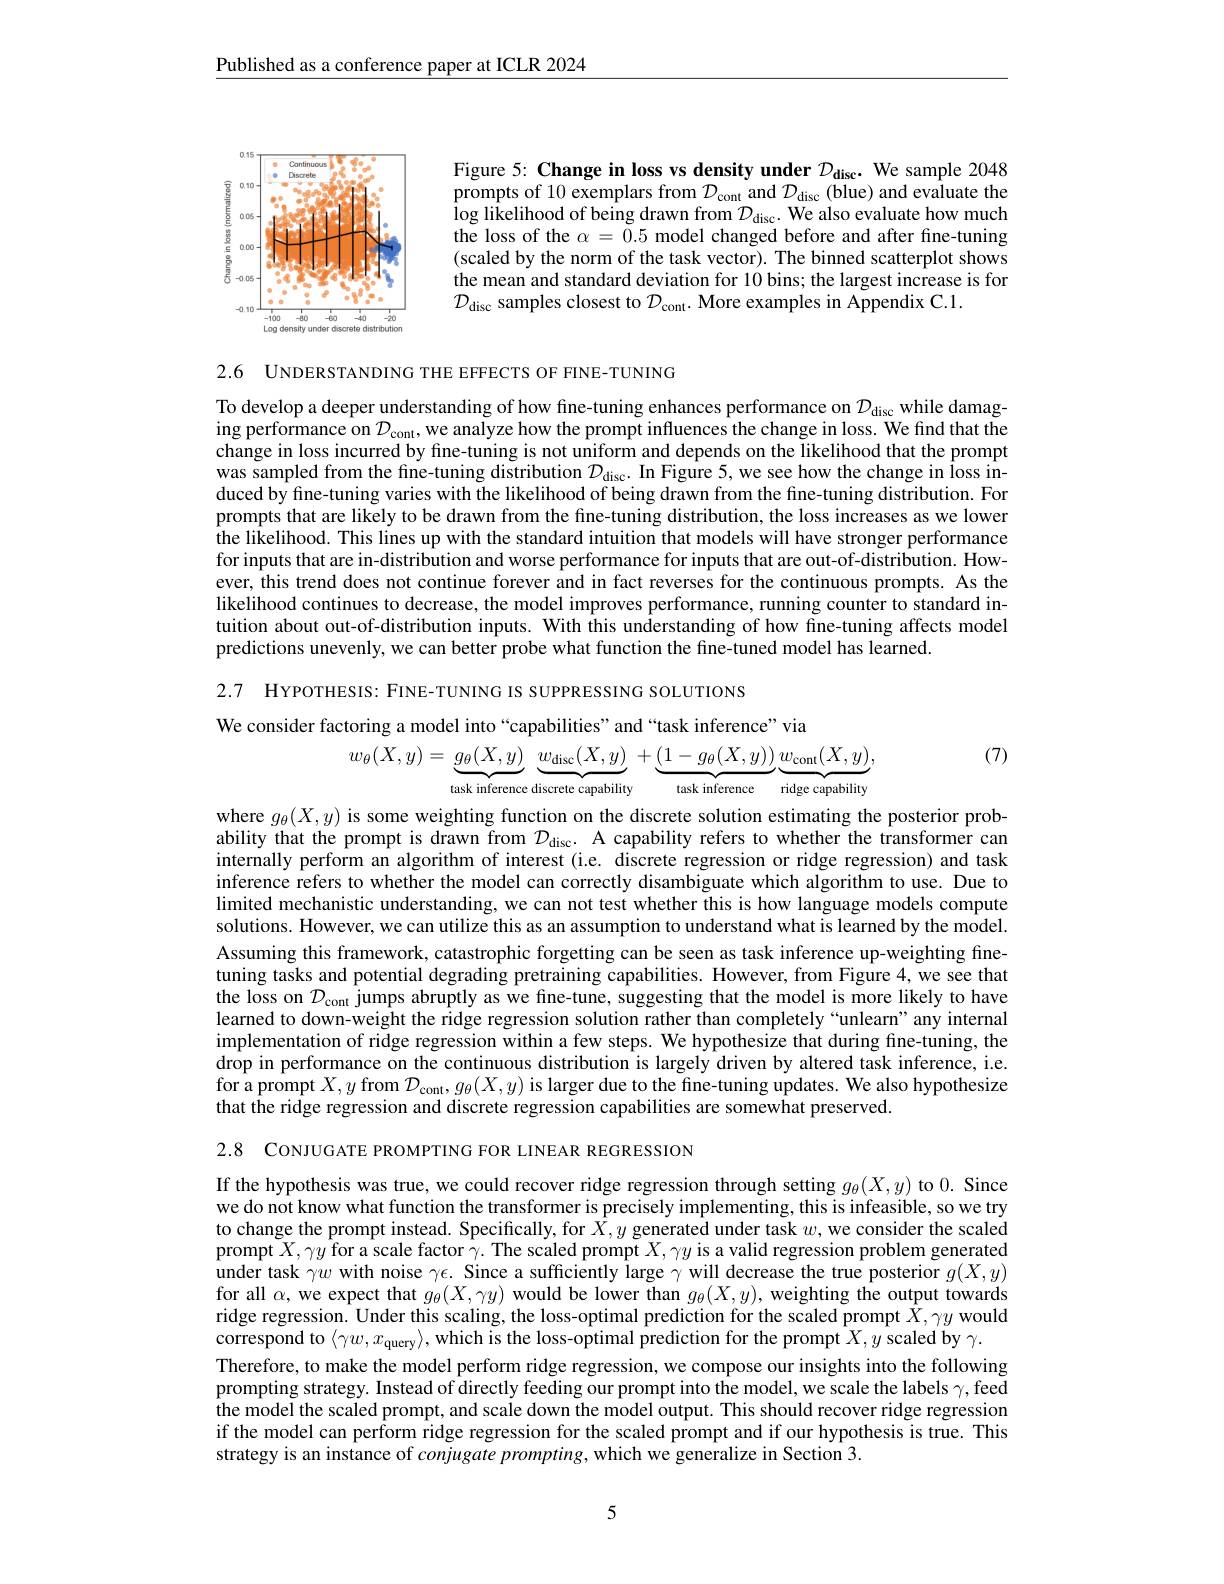
Published as a conference paper at ICLR 2024

Figure 5: Change in loss vs density under $\mathcal{D}_\mathrm{disc}.$ We sample 2048 prompts of 10 exemplars from $\mathcal{D}_\mathrm{cont}$ and $\mathcal{D}_\mathrm{disc}$ (blue) and evaluate the $\log$likelihood of being drawn from $\mathcal{D} _{\mathrm{disc}}.$ We also evaluate how much the loss of the $\alpha=\tilde{0}.5$ model changed before and after fine-tuning (scaled by the norm of the task vector). The binned scatterplot shows the mean and standard deviation for 10 bins; the largest increase is for $\mathcal{D}_{\mathrm{disc~samples~closest~to~}}\mathcal{D}_{\mathrm{cont.~More~examples~in~Appendix~C.1.}}$

<FigureHere>

2.6 UNDERSTANDING THE EFFECTS OF FINE-TUNING

To develop a deeper understanding of how fine-tuning enhances performance on $\mathcal{D}_\mathrm{disc}$ while damag- $\hat{\text{ing performance on }D}_{\mathrm{cont}}$,we analyze how the prompt influences the change in loss. We find that the change in loss incurred by fine-tuning is not uniform and depends on the likelihood that the prompt was sampled from the fine-tuning distribution $\mathcal{D}_\text{disc. In Figure 5, we see how the change in Îoss in- was sampled from the fine-tuning distribution }\mathcal{D}_{\text{disc. In Figure 5, we seee how the change in Îoss in-}}$ duced by fine-tuning varies with the likelihood of being drawn from the fine-tuning distribution. For prompts that are likely to be drawn from the fine-tuning distribution, the loss increases as we lower the likelihood. This lines up with the standard intuition that models will have stronger performance for inputs that are in-distribution and worse performance for inputs that are out-of-distribution. However, this trend does not continue forever and in fact reverses for the continuous prompts. As the likelihood continues to decrease, the model improves performance, running counter to standard intuition about out-of-distribution inputs. With this understanding of how fine-tuning affects model predictions unevenly, we can better probe what function the fine-tuned model has learned.

2.7 HYPOTHESIS: FINE-TUNING IS SUPPRESSING SOLUTIONS

We consider factoring a model into“capabilities”and“task inference”via
$$w_{\theta}(X,y)=\underbrace{g_{\theta}(X,y)}_{\cdots}\underbrace{w_{\mathrm{disc}}(X,y)}_{\cdots}\:+\underbrace{\left(1-g_{\theta}(X,y)\right)}_{\cdots}\underbrace{w_{\mathrm{cont}}(X,y)},$$
(7)

task inference discrete capability

task inference ridge capability

where $g_\theta(X,y)$ is some weighting function on the discrete solution estimating the posterior probability that the prompt is drawn from $\mathcal{D}_\mathrm{disc}.$ A capability refers to whether the transformer can internally perform an algorithm of interest (i.e. discrete regression or ridge regression) and task inference refers to whether the model can correctly disambiguate which algorithm to use. Due to limited mechanistic understanding, we can not test whether this is how language models compute solutions. However, we can utilize this as an assumption to understand what is learned by the model. Assuming this framework, catastrophic forgetting can be seen as task inference up-weighting finetuning tasks and potential degrading pretraining capabilities. However, from Figure 4, we see that the loss on $\mathcal{D}_\mathrm{cont}$ jumps abruptly as we fine-tune, suggesting that the model is more likely to have learned to down-weight the ridge regression solution rather than completely “unlearn”any internal implementation of ridge regression within a few steps. We hypothesize that during fine-tuning, the drop in performance on the continuous distribution is largely driven by altered task inference, i.e. for a prompt $X,y$ from $\mathcal{D}_\mathrm{cont},g_\theta(X,y)$ is larger due to the fine-tuning updates. We also hypothesize that the ridge regression and discrete regression capabilities are somewhat preserved.

2.8 CONJUGATE PROMPTING FOR LINEAR REGRESSION

If the hypothesis was true, we could recover ridge regression through setting $g_\theta(X,y)$ to 0. Since we do not know what function the transformer is precisely implementing, this is infeasible, so we try to change the prompt instead. Specifically, for $\bar{X},y$ generated under task $w$, we consider the scaled prompt $X,\gamma y$ for a scale factor $\gamma.$ The scaled prompt $X,\gamma y$ is a valid regression problem generated under task $\gamma w$ with noise $\gamma\epsilon.$ Since a sufficiently large $\gamma$ will decrease the true posterior $g(X,y)$ for all $\alpha$, we expect that $g_\theta(X,\gamma y)$ would be lower than $g_\theta(X,y)$, weighting the output towards ridge regression. Under this scaling, the loss-optimal prediction for the scaled prompt $\bar{X},\gamma y$ would correspond to $\langle\gamma w,x_{\mathrm{query}}\rangle$,which is the loss-optimal prediction for the prompt $X,y$ scaled by $\gamma.$
Therefore, to make the model perform ridge regression, we compose our insights into the following prompting strategy. Instead of directly feeding our prompt into the model, we scale the labels $\gamma$,feed the model the scaled prompt, and scale down the model output. This should recover ridge regression if the model can perform ridge regression for the scaled prompt and if our hypothesis is true. This strategy is an instance of conjugate prompting, which we generalize in Section 3.

5